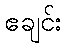
ဧချင်း